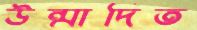
উন্মাদিত